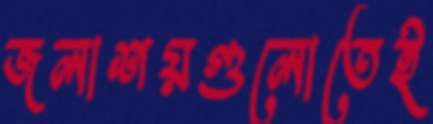
জলাশয়গুলোতেই